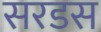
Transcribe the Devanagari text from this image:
सरडस